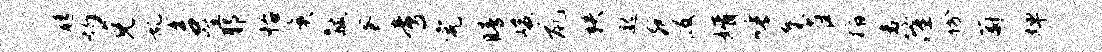
髓灼克乱咨怪耶怡庚黻蜜啻完睛峻鼠秩邈宛段婿唾麋雀稻舍隆份蔚婵